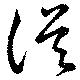
從